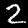
Label: 2